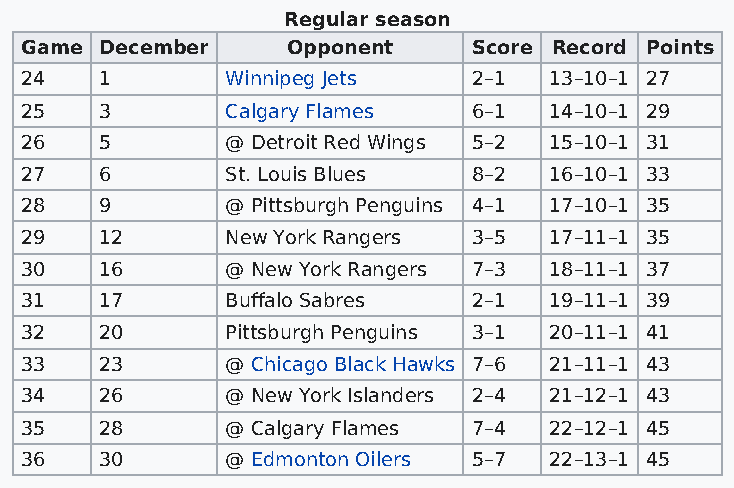
Regular season
 Game  December    Opponent    Score Record Points
 24    1       Winnipeg Jets   2–1  13–10–1 27
 25    3       Calgary Flames  6–1  14–10–1 29
 26    5       @ Detroit Red Wings 5–2 15–10–1 31
 27    6       St. Louis Blues 8–2  16–10–1 33
 28    9       @ Pittsburgh Penguins 4–1 17–10–1 35
 29    12      New York Rangers 3–5 17–11–1 35
 30    16      @ New York Rangers 7–3 18–11–1 37
 31    17      Buffalo Sabres  2–1  19–11–1 39
 32    20      Pittsburgh Penguins 3–1 20–11–1 41
 33    23      @ Chicago Black Hawks 7–6 21–11–1 43
 34    26      @ New York Islanders 2–4 21–12–1 43
 35    28      @ Calgary Flames 7–4 22–12–1 45
 36    30      @ Edmonton Oilers 5–7 22–13–1 45